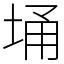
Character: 埇